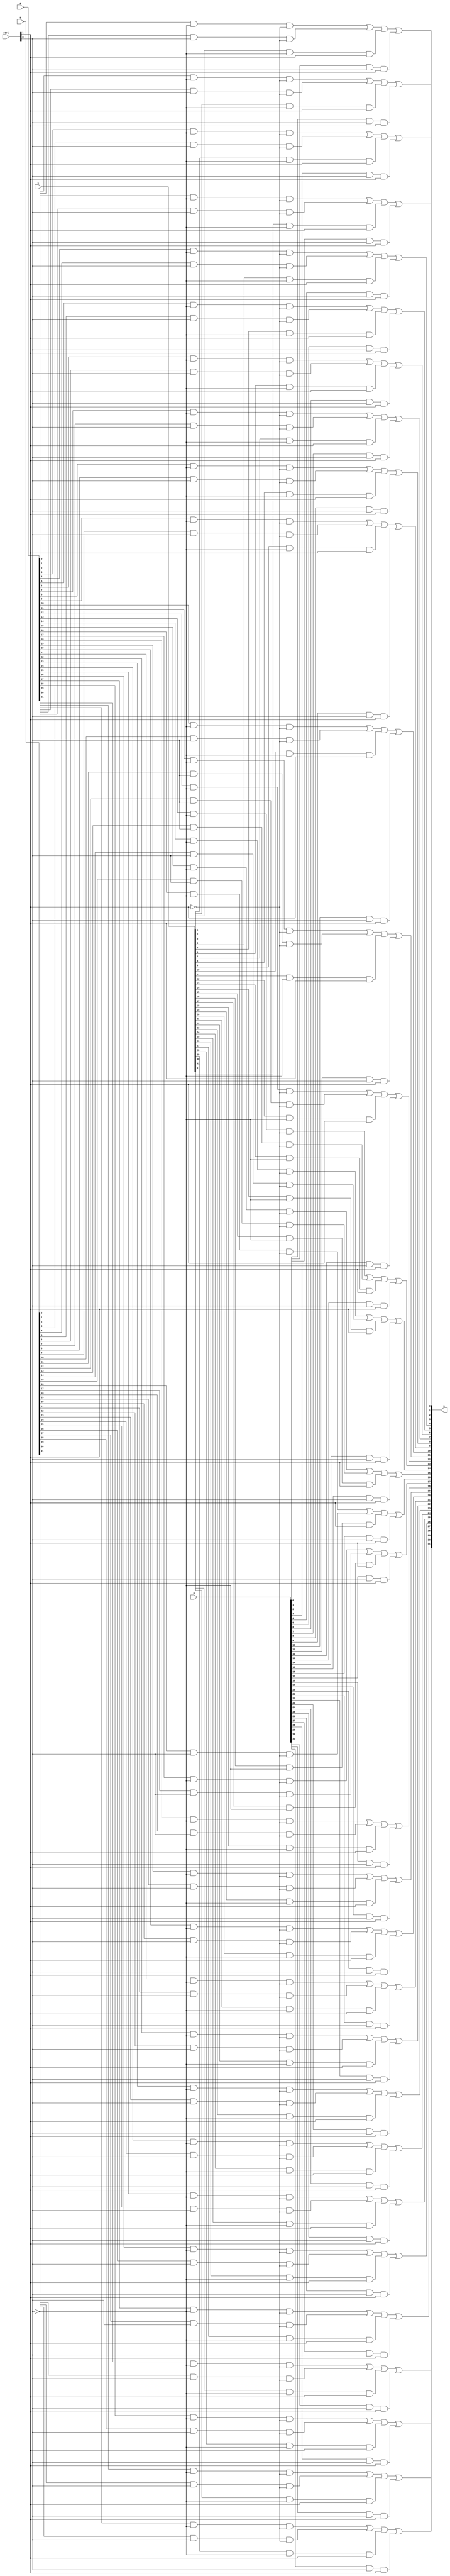
`timescale 1ns / 1ps
//////////////////////////////////////////////////////////////////////////////////
// Company:
// Engineer:
//
// Create Date:
// Design Name:
// Module Name:    mux4x1
// Project Name:
// Target Devices:
// Tool versions:
// Description:
//
// Dependencies:
//
// Revision:
// Revision 0.01 - File Created
// Additional Comments:
//
//////////////////////////////////////////////////////////////////////////////////

module mux4x1(
        input [31:0]A,
        input [31:0]B,
        input [31:0]C,
        input [31:0]D,
        input [1:0]ctrl,
        output [31:0]S
    );

    wire [31:0]ta, tb, tc, td;

    and(ta[0], A[0], ~ctrl[0], ~ctrl[1]);
    and(ta[1], A[1], ~ctrl[0], ~ctrl[1]);
    and(ta[2], A[2], ~ctrl[0], ~ctrl[1]);
    and(ta[3], A[3], ~ctrl[0], ~ctrl[1]);
    and(ta[4], A[4], ~ctrl[0], ~ctrl[1]);
    and(ta[5], A[5], ~ctrl[0], ~ctrl[1]);
    and(ta[6], A[6], ~ctrl[0], ~ctrl[1]);
    and(ta[7], A[7], ~ctrl[0], ~ctrl[1]);
    and(ta[8], A[8], ~ctrl[0], ~ctrl[1]);
    and(ta[9], A[9], ~ctrl[0], ~ctrl[1]);
    and(ta[10], A[10], ~ctrl[0], ~ctrl[1]);
    and(ta[11], A[11], ~ctrl[0], ~ctrl[1]);
    and(ta[12], A[12], ~ctrl[0], ~ctrl[1]);
    and(ta[13], A[13], ~ctrl[0], ~ctrl[1]);
    and(ta[14], A[14], ~ctrl[0], ~ctrl[1]);
    and(ta[15], A[15], ~ctrl[0], ~ctrl[1]);
    and(ta[16], A[16], ~ctrl[0], ~ctrl[1]);
    and(ta[17], A[17], ~ctrl[0], ~ctrl[1]);
    and(ta[18], A[18], ~ctrl[0], ~ctrl[1]);
    and(ta[19], A[19], ~ctrl[0], ~ctrl[1]);
    and(ta[20], A[20], ~ctrl[0], ~ctrl[1]);
    and(ta[21], A[21], ~ctrl[0], ~ctrl[1]);
    and(ta[22], A[22], ~ctrl[0], ~ctrl[1]);
    and(ta[23], A[23], ~ctrl[0], ~ctrl[1]);
    and(ta[24], A[24], ~ctrl[0], ~ctrl[1]);
    and(ta[25], A[25], ~ctrl[0], ~ctrl[1]);
    and(ta[26], A[26], ~ctrl[0], ~ctrl[1]);
    and(ta[27], A[27], ~ctrl[0], ~ctrl[1]);
    and(ta[28], A[28], ~ctrl[0], ~ctrl[1]);
    and(ta[29], A[29], ~ctrl[0], ~ctrl[1]);
    and(ta[30], A[30], ~ctrl[0], ~ctrl[1]);
    and(ta[31], A[31], ~ctrl[0], ~ctrl[1]);

    and(tb[0], B[0], ctrl[0], ~ctrl[1]);
    and(tb[1], B[1], ctrl[0], ~ctrl[1]);
    and(tb[2], B[2], ctrl[0], ~ctrl[1]);
    and(tb[3], B[3], ctrl[0], ~ctrl[1]);
    and(tb[4], B[4], ctrl[0], ~ctrl[1]);
    and(tb[5], B[5], ctrl[0], ~ctrl[1]);
    and(tb[6], B[6], ctrl[0], ~ctrl[1]);
    and(tb[7], B[7], ctrl[0], ~ctrl[1]);
    and(tb[8], B[8], ctrl[0], ~ctrl[1]);
    and(tb[9], B[9], ctrl[0], ~ctrl[1]);
    and(tb[10], B[10], ctrl[0], ~ctrl[1]);
    and(tb[11], B[11], ctrl[0], ~ctrl[1]);
    and(tb[12], B[12], ctrl[0], ~ctrl[1]);
    and(tb[13], B[13], ctrl[0], ~ctrl[1]);
    and(tb[14], B[14], ctrl[0], ~ctrl[1]);
    and(tb[15], B[15], ctrl[0], ~ctrl[1]);
    and(tb[16], B[16], ctrl[0], ~ctrl[1]);
    and(tb[17], B[17], ctrl[0], ~ctrl[1]);
    and(tb[18], B[18], ctrl[0], ~ctrl[1]);
    and(tb[19], B[19], ctrl[0], ~ctrl[1]);
    and(tb[20], B[20], ctrl[0], ~ctrl[1]);
    and(tb[21], B[21], ctrl[0], ~ctrl[1]);
    and(tb[22], B[22], ctrl[0], ~ctrl[1]);
    and(tb[23], B[23], ctrl[0], ~ctrl[1]);
    and(tb[24], B[24], ctrl[0], ~ctrl[1]);
    and(tb[25], B[25], ctrl[0], ~ctrl[1]);
    and(tb[26], B[26], ctrl[0], ~ctrl[1]);
    and(tb[27], B[27], ctrl[0], ~ctrl[1]);
    and(tb[28], B[28], ctrl[0], ~ctrl[1]);
    and(tb[29], B[29], ctrl[0], ~ctrl[1]);
    and(tb[30], B[30], ctrl[0], ~ctrl[1]);
    and(tb[31], B[31], ctrl[0], ~ctrl[1]);

    and(tc[0], C[0], ~ctrl[0], ctrl[1]);
    and(tc[1], C[1], ~ctrl[0], ctrl[1]);
    and(tc[2], C[2], ~ctrl[0], ctrl[1]);
    and(tc[3], C[3], ~ctrl[0], ctrl[1]);
    and(tc[4], C[4], ~ctrl[0], ctrl[1]);
    and(tc[5], C[5], ~ctrl[0], ctrl[1]);
    and(tc[6], C[6], ~ctrl[0], ctrl[1]);
    and(tc[7], C[7], ~ctrl[0], ctrl[1]);
    and(tc[8], C[8], ~ctrl[0], ctrl[1]);
    and(tc[9], C[9], ~ctrl[0], ctrl[1]);
    and(tc[10], C[10], ~ctrl[0], ctrl[1]);
    and(tc[11], C[11], ~ctrl[0], ctrl[1]);
    and(tc[12], C[12], ~ctrl[0], ctrl[1]);
    and(tc[13], C[13], ~ctrl[0], ctrl[1]);
    and(tc[14], C[14], ~ctrl[0], ctrl[1]);
    and(tc[15], C[15], ~ctrl[0], ctrl[1]);
    and(tc[16], C[16], ~ctrl[0], ctrl[1]);
    and(tc[17], C[17], ~ctrl[0], ctrl[1]);
    and(tc[18], C[18], ~ctrl[0], ctrl[1]);
    and(tc[19], C[19], ~ctrl[0], ctrl[1]);
    and(tc[20], C[20], ~ctrl[0], ctrl[1]);
    and(tc[21], C[21], ~ctrl[0], ctrl[1]);
    and(tc[22], C[22], ~ctrl[0], ctrl[1]);
    and(tc[23], C[23], ~ctrl[0], ctrl[1]);
    and(tc[24], C[24], ~ctrl[0], ctrl[1]);
    and(tc[25], C[25], ~ctrl[0], ctrl[1]);
    and(tc[26], C[26], ~ctrl[0], ctrl[1]);
    and(tc[27], C[27], ~ctrl[0], ctrl[1]);
    and(tc[28], C[28], ~ctrl[0], ctrl[1]);
    and(tc[29], C[29], ~ctrl[0], ctrl[1]);
    and(tc[30], C[30], ~ctrl[0], ctrl[1]);
    and(tc[31], C[31], ~ctrl[0], ctrl[1]);

    and(td[0], D[0], ctrl[0], ctrl[1]);
    and(td[1], D[1], ctrl[0], ctrl[1]);
    and(td[2], D[2], ctrl[0], ctrl[1]);
    and(td[3], D[3], ctrl[0], ctrl[1]);
    and(td[4], D[4], ctrl[0], ctrl[1]);
    and(td[5], D[5], ctrl[0], ctrl[1]);
    and(td[6], D[6], ctrl[0], ctrl[1]);
    and(td[7], D[7], ctrl[0], ctrl[1]);
    and(td[8], D[8], ctrl[0], ctrl[1]);
    and(td[9], D[9], ctrl[0], ctrl[1]);
    and(td[10], D[10], ctrl[0], ctrl[1]);
    and(td[11], D[11], ctrl[0], ctrl[1]);
    and(td[12], D[12], ctrl[0], ctrl[1]);
    and(td[13], D[13], ctrl[0], ctrl[1]);
    and(td[14], D[14], ctrl[0], ctrl[1]);
    and(td[15], D[15], ctrl[0], ctrl[1]);
    and(td[16], D[16], ctrl[0], ctrl[1]);
    and(td[17], D[17], ctrl[0], ctrl[1]);
    and(td[18], D[18], ctrl[0], ctrl[1]);
    and(td[19], D[19], ctrl[0], ctrl[1]);
    and(td[20], D[20], ctrl[0], ctrl[1]);
    and(td[21], D[21], ctrl[0], ctrl[1]);
    and(td[22], D[22], ctrl[0], ctrl[1]);
    and(td[23], D[23], ctrl[0], ctrl[1]);
    and(td[24], D[24], ctrl[0], ctrl[1]);
    and(td[25], D[25], ctrl[0], ctrl[1]);
    and(td[26], D[26], ctrl[0], ctrl[1]);
    and(td[27], D[27], ctrl[0], ctrl[1]);
    and(td[28], D[28], ctrl[0], ctrl[1]);
    and(td[29], D[29], ctrl[0], ctrl[1]);
    and(td[30], D[30], ctrl[0], ctrl[1]);
    and(td[31], D[31], ctrl[0], ctrl[1]);

    or(S[0], ta[0], tb[0], tc[0], td[0]);
    or(S[1], ta[1], tb[1], tc[1], td[1]);
    or(S[2], ta[2], tb[2], tc[2], td[2]);
    or(S[3], ta[3], tb[3], tc[3], td[3]);
    or(S[4], ta[4], tb[4], tc[4], td[4]);
    or(S[5], ta[5], tb[5], tc[5], td[5]);
    or(S[6], ta[6], tb[6], tc[6], td[6]);
    or(S[7], ta[7], tb[7], tc[7], td[7]);
    or(S[8], ta[8], tb[8], tc[8], td[8]);
    or(S[9], ta[9], tb[9], tc[9], td[9]);
    or(S[10], ta[10], tb[10], tc[10], td[10]);
    or(S[11], ta[11], tb[11], tc[11], td[11]);
    or(S[12], ta[12], tb[12], tc[12], td[12]);
    or(S[13], ta[13], tb[13], tc[13], td[13]);
    or(S[14], ta[14], tb[14], tc[14], td[14]);
    or(S[15], ta[15], tb[15], tc[15], td[15]);
    or(S[16], ta[16], tb[16], tc[16], td[16]);
    or(S[17], ta[17], tb[17], tc[17], td[17]);
    or(S[18], ta[18], tb[18], tc[18], td[18]);
    or(S[19], ta[19], tb[19], tc[19], td[19]);
    or(S[20], ta[20], tb[20], tc[20], td[20]);
    or(S[21], ta[21], tb[21], tc[21], td[21]);
    or(S[22], ta[22], tb[22], tc[22], td[22]);
    or(S[23], ta[23], tb[23], tc[23], td[23]);
    or(S[24], ta[24], tb[24], tc[24], td[24]);
    or(S[25], ta[25], tb[25], tc[25], td[25]);
    or(S[26], ta[26], tb[26], tc[26], td[26]);
    or(S[27], ta[27], tb[27], tc[27], td[27]);
    or(S[28], ta[28], tb[28], tc[28], td[28]);
    or(S[29], ta[29], tb[29], tc[29], td[29]);
    or(S[30], ta[30], tb[30], tc[30], td[30]);
    or(S[31], ta[31], tb[31], tc[31], td[31]);

endmodule